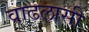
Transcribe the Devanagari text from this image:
वाढलासी